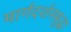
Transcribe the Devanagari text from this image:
मार्गदर्शनसुद्धा